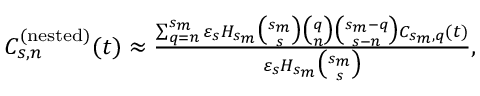
\begin{array} { l l } { C _ { s , n } ^ { ( \mathrm { n e s t e d } ) } ( t ) \approx \frac { \sum _ { q = n } ^ { s _ { m } } \varepsilon _ { s } H _ { s _ { m } } { \binom { s _ { m } } { s } } { \binom { q } { n } } { \binom { s _ { m } - q } { s - n } } C _ { s _ { m } , q } ( t ) } { \varepsilon _ { s } H _ { s _ { m } } { \binom { s _ { m } } { s } } } , } \end{array}